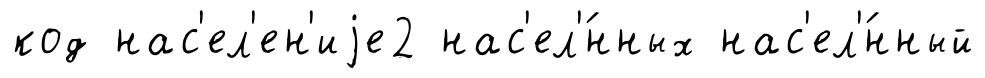
код нас'ел'ен'иjе2 нас'ел'́нных нас'ел'́нный